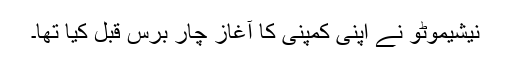
نیشیموٹو نے اپنی کمپنی کا آغاز چار برس قبل کیا تھا۔